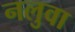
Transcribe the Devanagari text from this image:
नलुवा